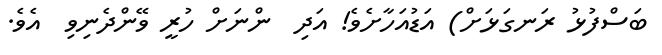
ބަސްފުޅު ރަނގަޅަށް) އަޑުއަހާށެވެ! އަދި  ންނަށް ހުރީ ވޭންދެނިވި  އެވެ.